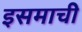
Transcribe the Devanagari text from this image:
इसमाची